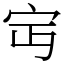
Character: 𡧍